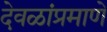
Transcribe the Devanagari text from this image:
देवळांप्रमाणे